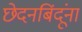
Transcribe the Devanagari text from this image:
छेदनबिंदूंना